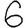
Digit: 6